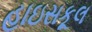
હાઇસકૂલ